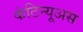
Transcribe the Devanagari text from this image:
कंटिन्यूअस